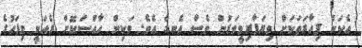
އެކަން ފިހާރަތަކަށް ވިޔަފާރިވީވަރުން ވެސް އެނގެ އެވެ. ވަކިން ހާއްސަކޮށް ރެއަކީ މިފަހުގެ